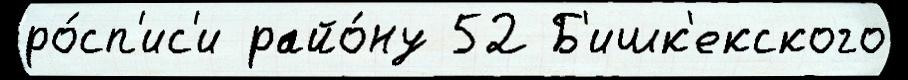
ро́сп'ис'и райо́ну 52 Б'ишк'екского